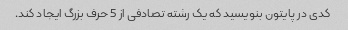
کدی در پایتون بنویسید که یک رشته تصادفی از 5 حرف بزرگ ایجاد کند.